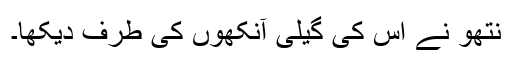
نتھو نے اُس کی گیلی آنکھوں کی طرف دیکھا۔